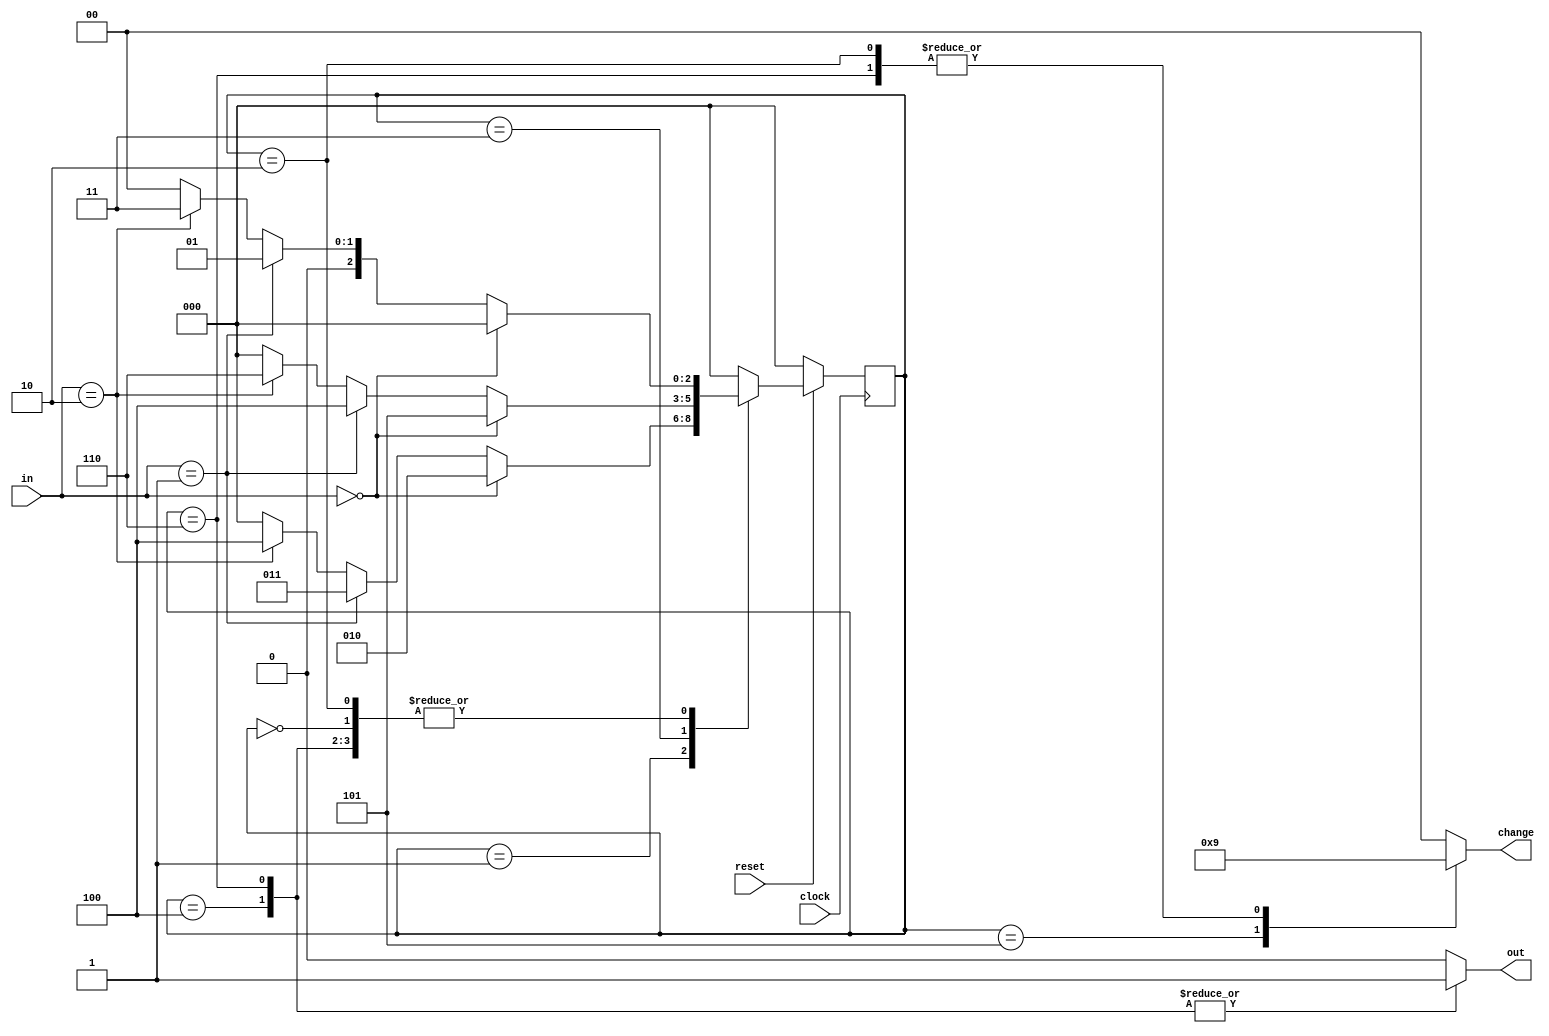
module pes_vm(output reg [1:0] change,output reg out,input [1:0] in, input clock,input reset);
reg [2:0] c_state,n_state;

always@(posedge clock)
begin
	if(~reset)
		c_state<=3'b000;
	else
	    c_state<=n_state;
end

always@(*)
begin
case(c_state)
3'b000:begin 
		if(in==2'b00)
			n_state=3'b000;
		else if(in==2'b01)
			n_state=3'b001;
		else if(in==2'b10)
			n_state=3'b011;
		else
			n_state=3'b000;
	  end
3'b001:begin 
		if(in==2'b00)
			n_state=3'b010;
		else if(in==2'b01)
			n_state=3'b011;
		else if(in==2'b10)
			n_state=3'b100;
		else
			n_state=3'b000;
	  end
3'b010:begin 
		if(in==2'b00)
			n_state=3'b000;
		else if(in==2'b01)
			n_state=3'b001;
		else if(in==2'b10)
			n_state=3'b011;
		else
			n_state=3'b000;
	  end
3'b011:begin 
		if(in==2'b00)
			n_state=3'b101;
		else if(in==2'b01)
			n_state=3'b100;
		else if(in==2'b10)
			n_state=3'b110;
		else
			n_state=3'b000;
	  end
3'b100:begin 
		if(in==2'b00)
			n_state=3'b000;
		else if(in==2'b01)
			n_state=3'b001;
		else if(in==2'b10)
			n_state=3'b011;
		else
			n_state=3'b000;
	  end
3'b011:begin 
		if(in==2'b00)
			n_state=3'b000;
		else if(in==2'b01)
			n_state=3'b001;
		else if(in==2'b10)
			n_state=3'b011;
		else
			n_state=3'b000;
	  end
3'b110:begin 
		if(in==2'b00)
			n_state=3'b000;
		else if(in==2'b01)
			n_state=3'b001;
		else if(in==2'b10)
			n_state=3'b011;
		else
			n_state=3'b000;
	  end
default: n_state=3'b000;
endcase
end

always@(*)
begin
case(c_state)
3'b000: begin
		change=2'b00;
		out=0;
		end
3'b001: begin
		change=2'b00;
		out=0;
		end		
3'b010: begin
		change=2'b01;
		out=0;
		end
3'b011: begin
		change=2'b00;
		out=0;
		end
3'b100: begin
		change=2'b00;
		out=1;
		end
3'b101: begin
		change=2'b10;
		out=0;
		end
3'b110: begin
		change=2'b01;
		out=1;
		end
default:begin out=0; change=2'b00; end
endcase
end

endmodule